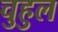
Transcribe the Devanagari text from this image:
चुहुल